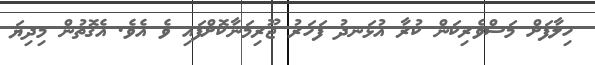
ހިލާފަށް މަސްވެރިކަން ކުރާ އުޅަނދު ފަހަރު ޖޫރިމަނާކޮށްފައި ވެ އެވެ. އެގޮތުން މިދިޔަ